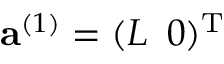
{ \bf a } ^ { ( 1 ) } = ( L \, \, \, 0 ) ^ { \textup T }